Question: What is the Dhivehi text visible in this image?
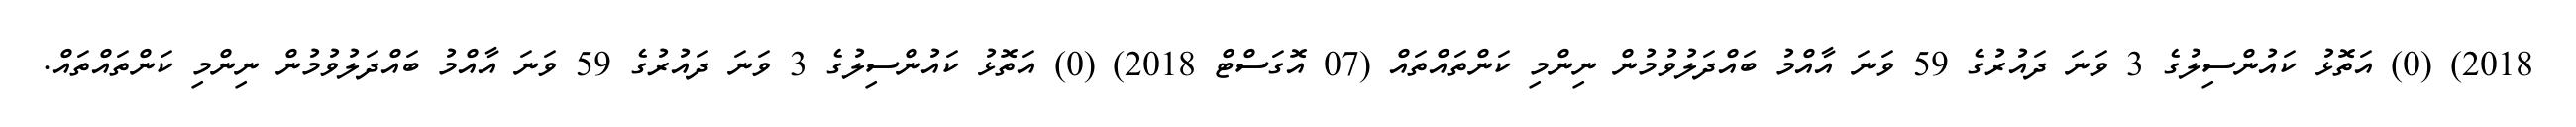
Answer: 2018) (0) އަތޮޅު ކައުންސިލުގެ 3 ވަނަ ދައުރުގެ 59 ވަނަ އާއްމު ބައްދަލުވުމުން ނިންމި ކަންތައްތައް (07 އޮގަސްޓް 2018) (0) އަތޮޅު ކައުންސިލުގެ 3 ވަނަ ދައުރުގެ 59 ވަނަ އާއްމު ބައްދަލުވުމުން ނިންމި ކަންތައްތައް.